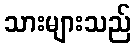
သားများသည်